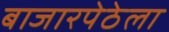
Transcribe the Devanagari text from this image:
बाजारपेठेला